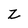
Character: z